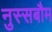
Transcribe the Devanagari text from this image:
नुस्सबौम